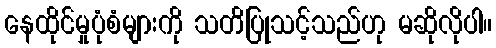
နေထိုင်မှုပုံစံများကို သတိပြုသင့်သည်ဟု မဆိုလိုပါ။